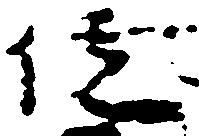
位